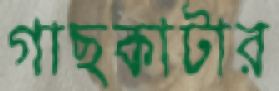
গাছকাটার